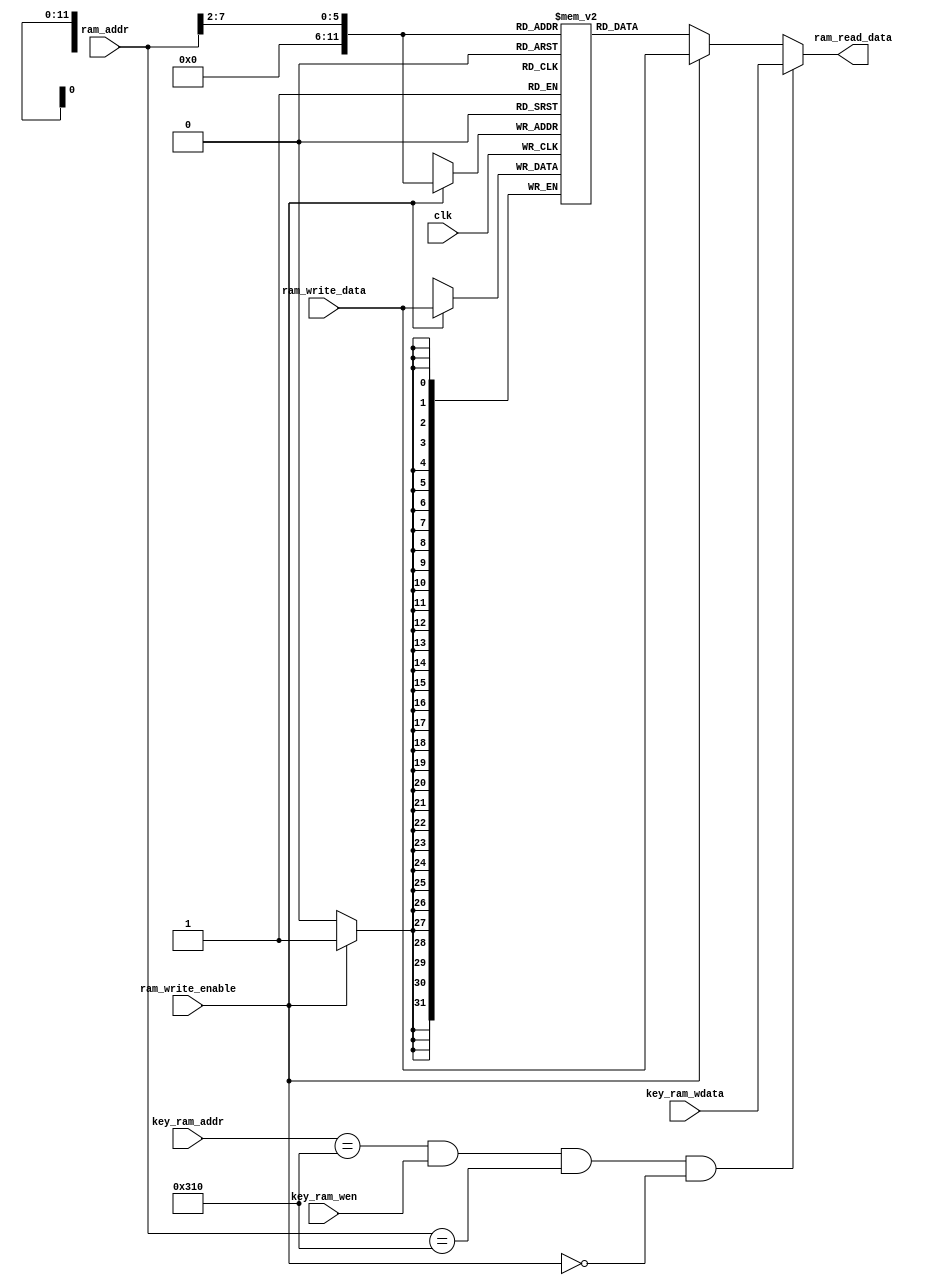
/*******************/
/* ram8x2048_sim.v */
/*******************/

`define   SCAN_ASCII_ADDR  13'h0310
`define   SCAN_ASCII_WEN   1'b1

//                        +----+
//                   clk->|    |
//        ram_addr[12:0]->|    |
//      ram_write_enable->|    |->ram_read_data[31:0]
//  ram_write_data[31:0]->|    |
//    key_ram_addr[12:0]->|    |
//   key_ram_wdata[31:0]->|    |
//           key_ram_wen->|    |
//                        +----+

//
// RAM$B$N5-=R!JO@M}%7%_%e%l!<%7%g%sMQ!K(B
//

module ram8x2048_sim (clk, ram_addr, ram_write_enable,
		      ram_write_data, ram_read_data, key_ram_addr, key_ram_wdata , key_ram_wen);

  // Inputs
  input                       clk;    // $B%/%m%C%/(B
  input  [12:0]          ram_addr;    // 13-bit address, byte
  input          ram_write_enable;    // $B=q$-9~$_(B(1)/$BFI$_(B(0)
  input  [31:0]    ram_write_data;    // 32-bit data
  input  [12:0]     key_ram_addr;    // 13-bit address, byte
  input  [31:0]    key_ram_wdata;    // 32-bit data
  input              key_ram_wen;
   
  // Outputs
  output [31:0]     ram_read_data;    // 32-bit data

  reg    [31:0]         mem[0:2048];  // 32x2048 regs
  reg    [31:0]	        read_data;

  // Wire
  wire    [5:0]         word_addr;    // 6-bit address, word

  assign word_addr = ram_addr[12:2];

  // $B=q$-9~$_(B
  always @(posedge clk) begin
    if (ram_write_enable == 1'b1) begin
      mem[word_addr] <= ram_write_data;
    end
  end

  // $BFI$_(B
  always @(word_addr or ram_write_enable or ram_write_data) begin
    if (ram_write_enable == 1'b0) begin
      read_data = mem[word_addr];
    end else begin
      read_data = ram_write_data;
    end
  end

  assign ram_read_data = ((key_ram_addr == `SCAN_ASCII_ADDR)
                            && (key_ram_wen == `SCAN_ASCII_WEN)
                            && (ram_addr == `SCAN_ASCII_ADDR)
                            && (ram_write_enable == 1'b0)) ? key_ram_wdata : read_data;

endmodule